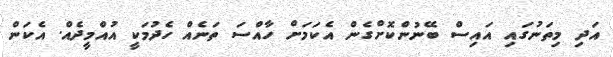
އަދި މިތަނުގައި އައިސް ބޭނުންކޮށްގެން އެކަމަށް ހާއްސަ ތަނެއް ހެދުމަކީ އުއްމީދެއް. އެކަން